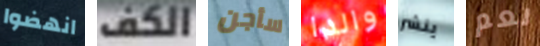
انهضوا الكف سأجن والدا ينشر نعم